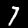
Label: 7